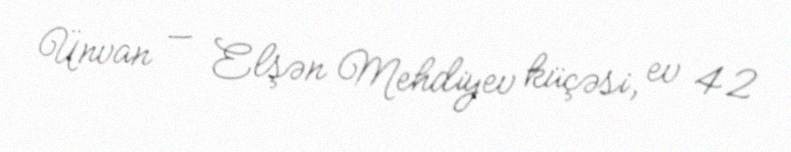
Ünvan — Elşən Mehdiyev küçəsi, ev 42